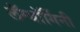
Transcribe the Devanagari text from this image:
लॅम्बॉर्गिनी